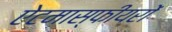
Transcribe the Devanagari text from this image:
ऐटमास्फीयरों